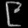
Digit: ၉